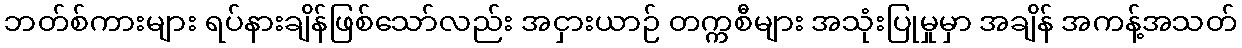
ဘတ်စ်ကားများ ရပ်နားချိန်ဖြစ်သော်လည်း အငှားယာဉ် တက္ကစီများ အသုံးပြုမှုမှာ အချိန် အကန့်အသတ်